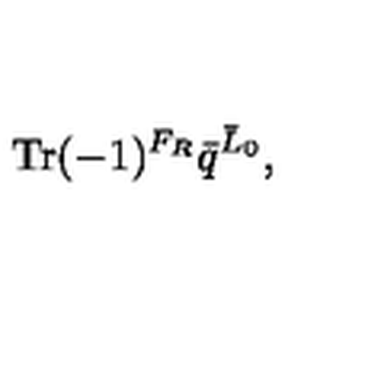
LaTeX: \mathrm { T r } ( - 1 ) ^ { F _ { R } } { \bar { q } } ^ { { \bar { L } } _ { 0 } } ,